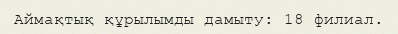
Аймақтық құрылымды дамыту: 18 филиал.